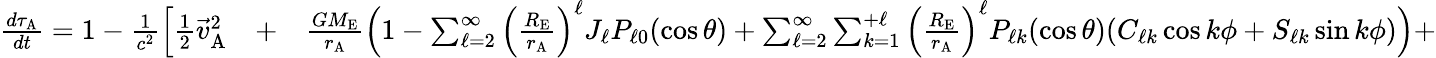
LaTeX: \begin{array}{rlr}{\frac{d\tau_{\mathrm{A}}}{dt}=1-\frac{1}{c^{2}}\Big[{\textstyle\frac{1}{2}}{\vec{v}}_{\mathrm{A}}^{2}}&{{}+}&{\frac{GM_{\mathrm{E}}}{r_{\mathrm{A}}}\Big(1-\sum_{\ell=2}^{\infty}\Big(\frac{R_{\mathrm{E}}}{r_{\mathrm{A}}}\Big)^{\ell}J_{\ell}P_{\ell 0}(\cos\theta)+\sum_{\ell=2}^{\infty}\sum_{k=1}^{+\ell}\Big(\frac{R_{\mathrm{E}}}{r_{\mathrm{A}}}\Big)^{\ell}P_{\ell k}(\cos\theta)(C_{\ell k}\cos k\phi+S_{\ell k}\sin k\phi)\Big)+}\end{array}